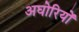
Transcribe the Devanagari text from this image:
अघोरियों